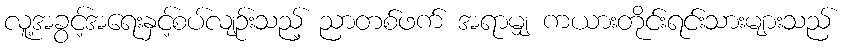
လူ့အခွင့်အရေးနှင့်စပ်လျဉ်းသည့် ညာတစ်ဖက် အရာမျှ ကယားတိုင်းရင်းသားများသည်